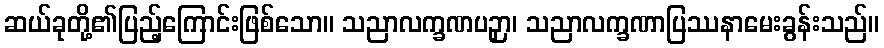
ဆယ်ခုတို့၏ပြည့်ကြောင်းဖြစ်သော။ သညာလက္ခဏပဉှာ၊ သညာလက္ခဏာပြဿနာမေးခွန်းသည်။